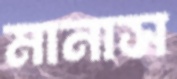
মানাস